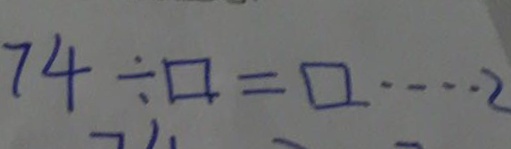
7 4 \div \square = \square \cdots 2